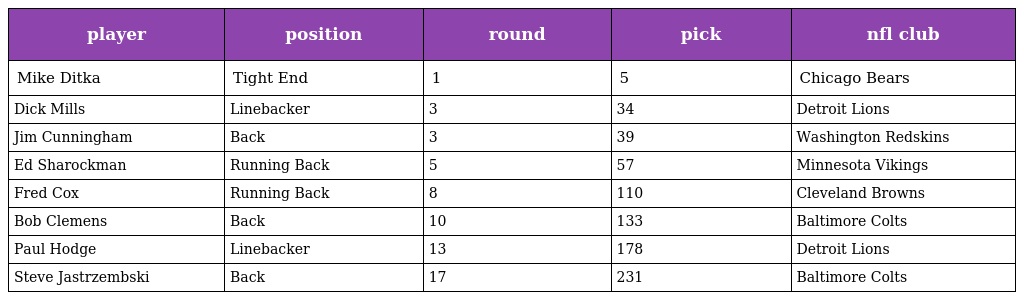
| player | position | round | pick | nfl club |
 | --- | --- | --- | --- | --- |
 | Mike Ditka | Tight End | 1 | 5 | Chicago Bears |
 | Dick Mills | Linebacker | 3 | 34 | Detroit Lions |
 | Jim Cunningham | Back | 3 | 39 | Washington Redskins |
 | Ed Sharockman | Running Back | 5 | 57 | Minnesota Vikings |
 | Fred Cox | Running Back | 8 | 110 | Cleveland Browns |
 | Bob Clemens | Back | 10 | 133 | Baltimore Colts |
 | Paul Hodge | Linebacker | 13 | 178 | Detroit Lions |
 | Steve Jastrzembski | Back | 17 | 231 | Baltimore Colts |